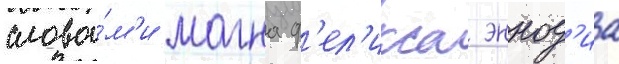
слова́м'и магна ф'ел'икса эннод'иа